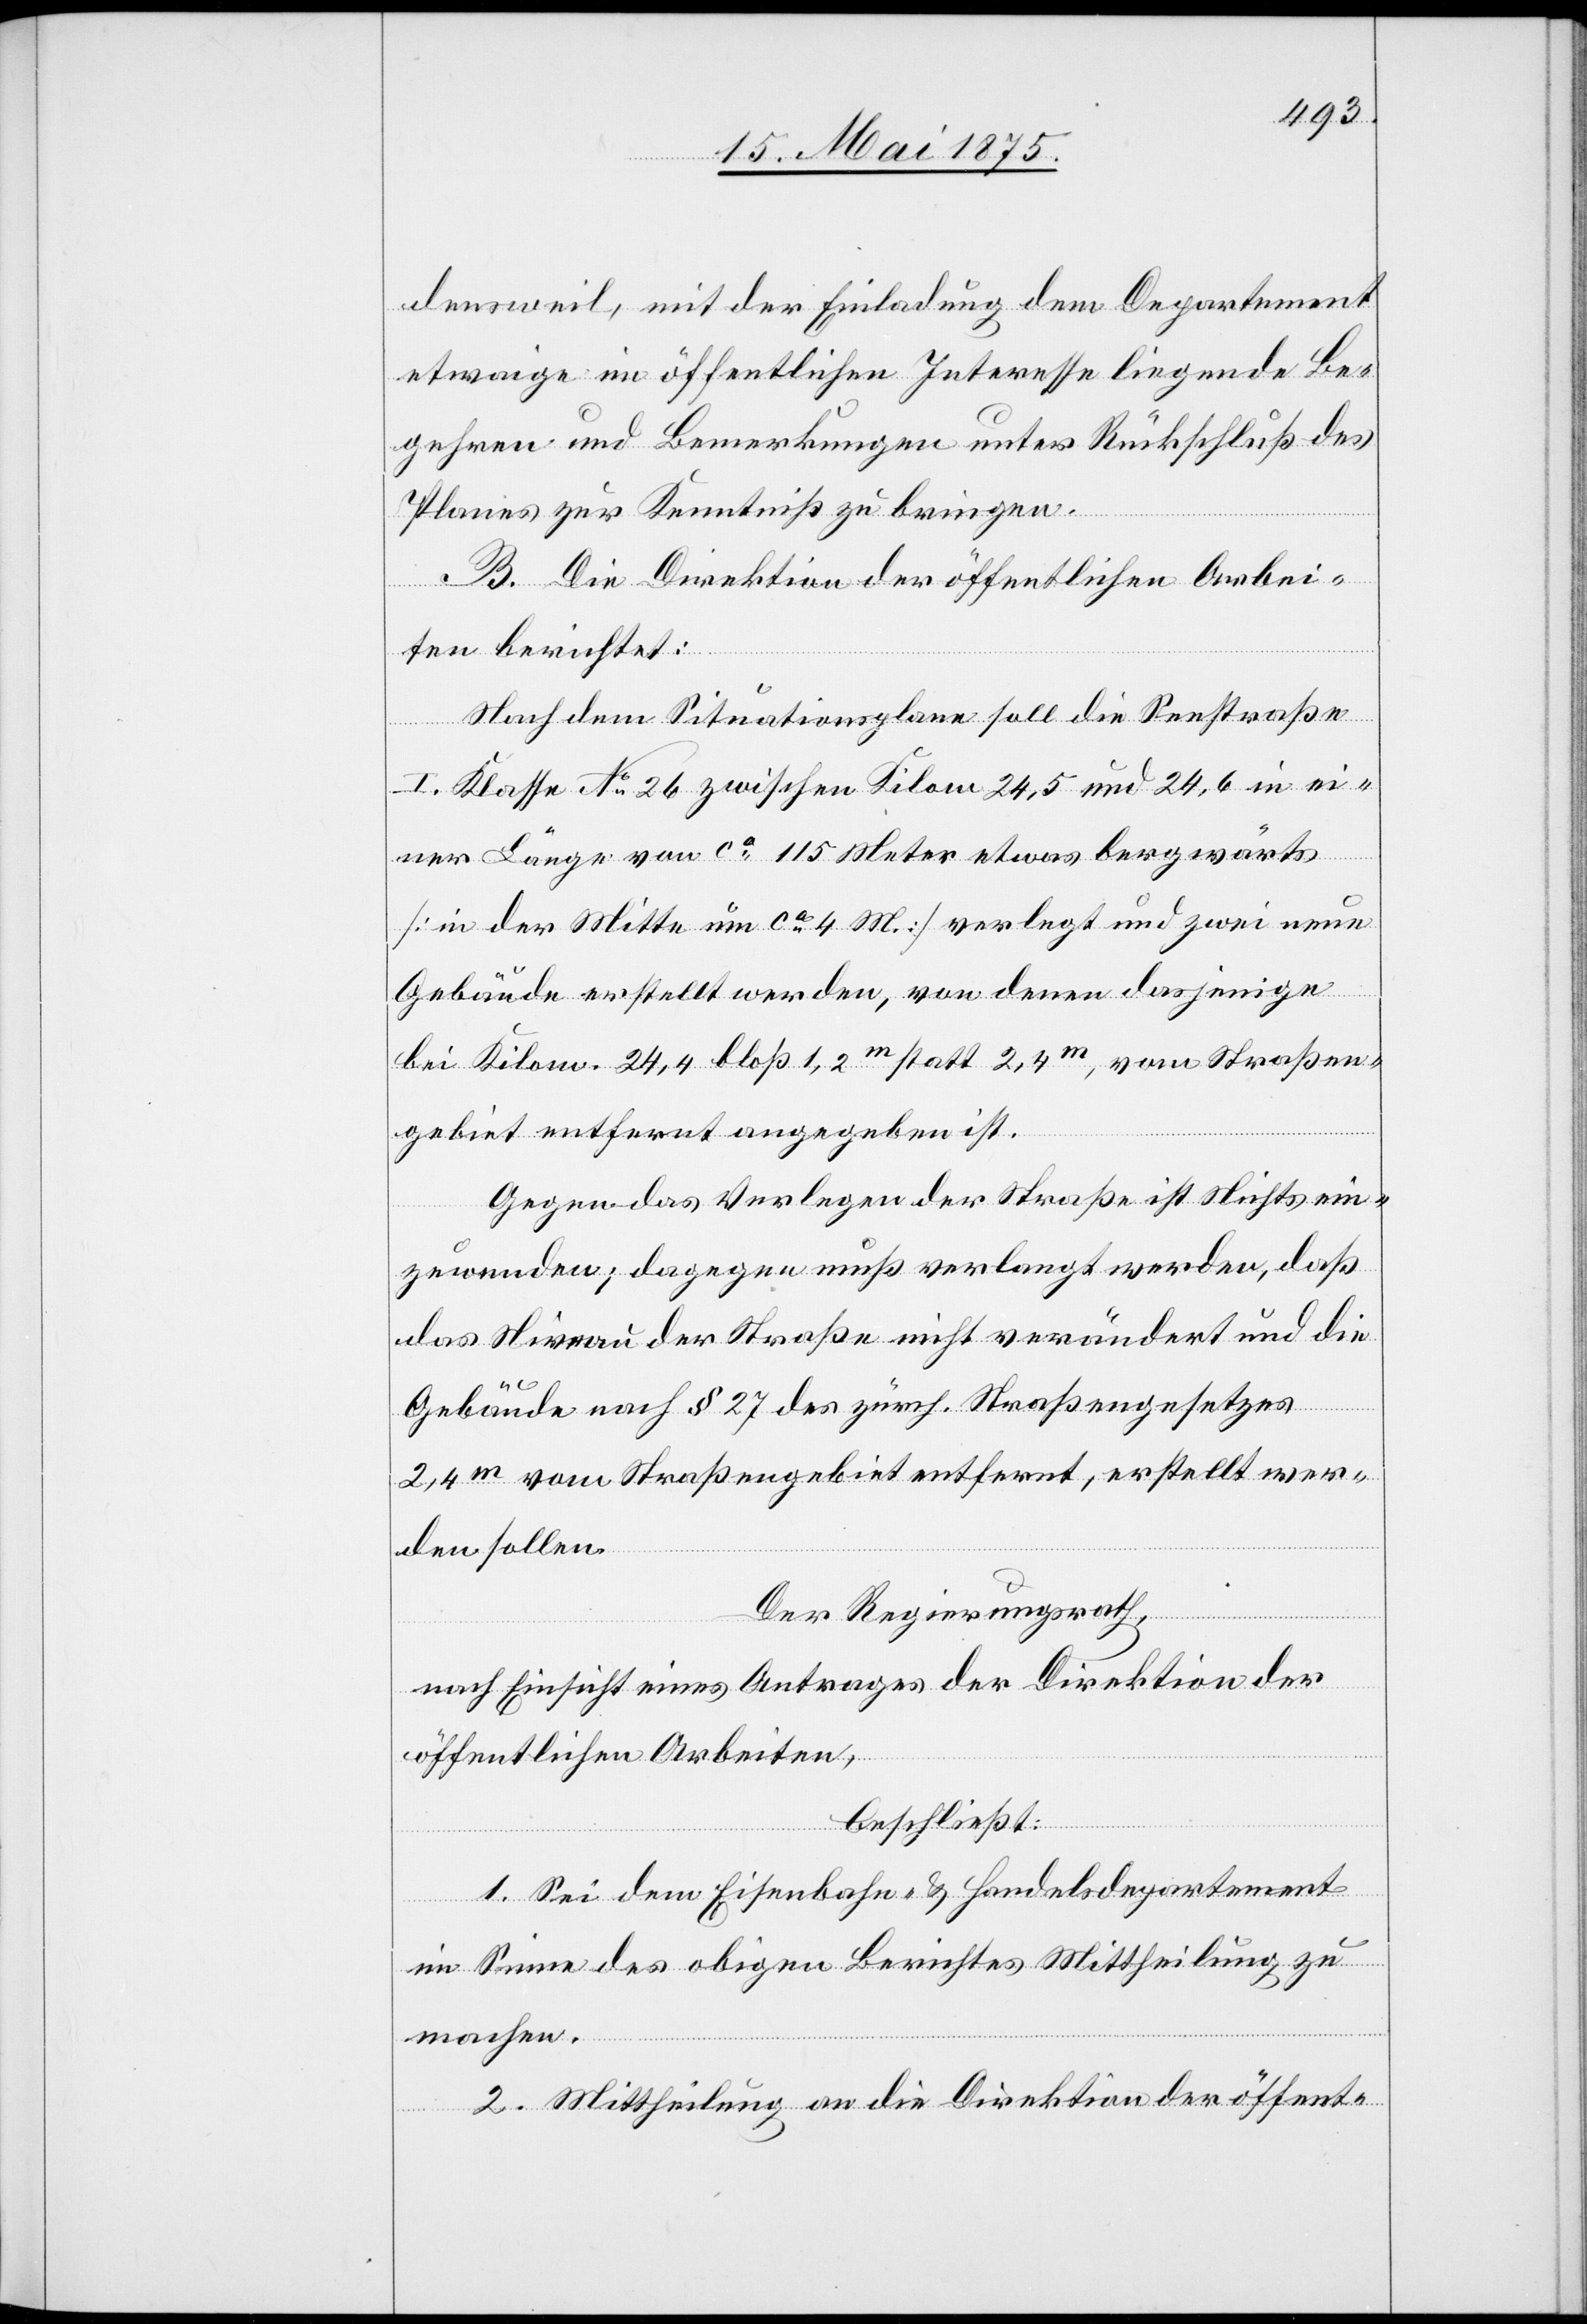
densweil, mit der Einladung dem Departement
etwaige im öffentlichen Interesse liegende Be¬
gehren und Bemerkungen unter Rückschluß des
Planes zur Kenntniß zu bringen.
B. Die Direktion der öffentlichen Arbei¬
ten berichtet:
Nach dem Situationsplan soll die Seestraße
Str¬
i. Klasse No 26 zwischen Kilom. 24,6 in ei¬
ner Länge von ca 115 Meter etwas bergwärts
[in der Mitte um ca 4 M.] verlegt und zwei neue
aßen¬
Gebäude erstellt werden, von denen dasjenige
gebiet entfernt angegeben ist.
Gegen das Verlegen der Straße ist Nichts ein¬
zuwenden, dagegen muß verlangt werden, daß
das Niveau der Straße nicht verändert und die
Gebäude nach § 27 des zürch. Straßengesetzes
2,4 m vom Straßengebiet entfernt, erstellt wer¬
den sollen.
Der Regierungsrath,
nach Einsicht eines Antrages der Direktion der
öffentlichen Arbeiten,
beschließt:
1. Sei dem Eisenbahn- & Handelsdepartement
im Sinne des obigen Berichtes Mittheilung zu
vom
machen.
2. Mittheilung an die Direktion der öffent-